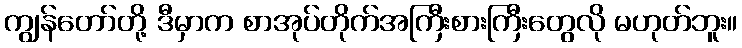
ကျွန်တော်တို့ ဒီမှာက စာအုပ်တိုက်အကြီးစားကြီးတွေလို မဟုတ်ဘူး။